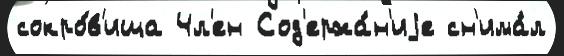
сокро́в'ища Чл'ен Сод'ержа́н'иjе сн'има́л